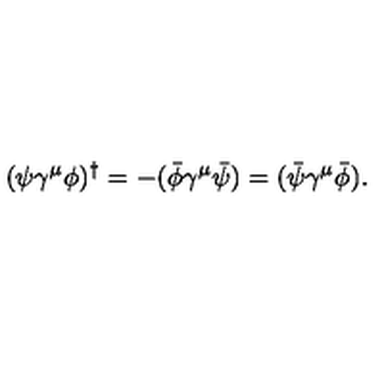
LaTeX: ( \psi \gamma ^ { \mu } \phi ) ^ { \dagger } = - ( \bar { \phi } \gamma ^ { \mu } \bar { \psi } ) = ( \bar { \psi } \gamma ^ { \mu } \bar { \phi } ) .